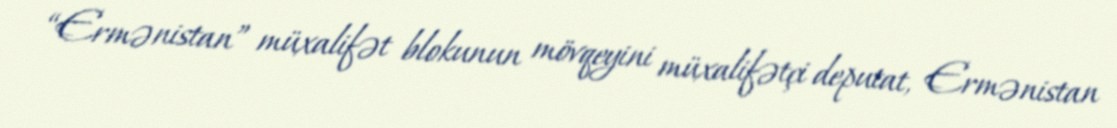
“Ermənistan” müxalifət blokunun mövqeyini müxalifətçi deputat, Ermənistan